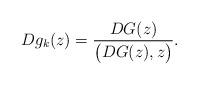
LaTeX: \begin{align*} Dg_ k(z)=\frac{DG(z)}{\big(DG(z), z\big)}. \end{align*}